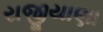
રાજીયાણા